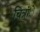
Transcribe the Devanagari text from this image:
चित्रांे